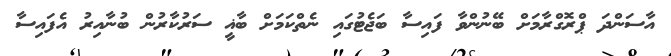
އާސަންދަ ޕްރޮގްރާމަށް ބޭނުންވާ ފައިސާ ބަޖެޓުގައި ނެތްކަމަށް ބާޣީ ސަރުކާރުން ބުނާއިރު އެފައިސާ